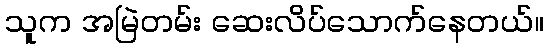
သူက အမြဲတမ်း ဆေးလိပ်သောက်နေတယ်။